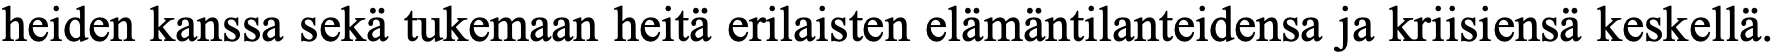
heiden kanssa sekä tukemaan heitä erilaisten elämäntilanteidensa ja kriisiensä keskellä.